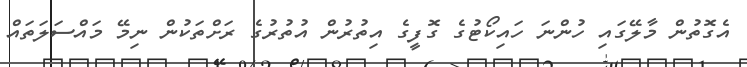
އެގޮތުން މާލޭގައި ހުންނަ ހައިކޯޓުގެ ގޮފީގެ އިތުރުން އުތުރުގެ ރަށްތަކުން ނިމޭ މައްސަލަތައް